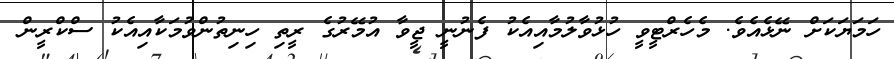
ހަމަޔަކަށް ނޭޅެއެވެ. މެހެރްޓީވީ ހުޅުވާލުމާއިއެކު ފެނުނީ ޖީވާ އުމޭރުގެ ރީތި ހިނިތުންވުމަކާއިއެކު ސްކްރީން